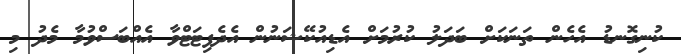
ކުނިގޮނޑު އެހެން ތަނަކަށް ބަދަލު ކުރުމަށް އެޑިއުކޭޝަނުން އެދެފިޓަޓްވާ އެއްބަސްވުމާ މެދު މި